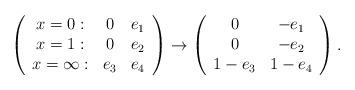
LaTeX: \begin{align*}\left(\begin{array}{ccc}x=0:&0&e_1\\x=1:&0&e_2\\x=\infty:&e_3&e_4\end{array}\right)\to\left(\begin{array}{ccc}0&-e_1\\0&-e_2\\1-e_3&1-e_4\end{array}\right).\end{align*}